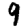
Digit: 9